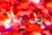
بديلا